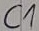
Text: C1